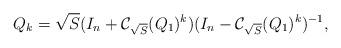
LaTeX: \begin{align*}{Q}_k= \sqrt{S} (I_n +\mathcal{C}_{\sqrt{S}}({Q}_1)^{k})(I_n-\mathcal{C}_{\sqrt{S}}({Q}_1)^{k}) ^{-1},\end{align*}